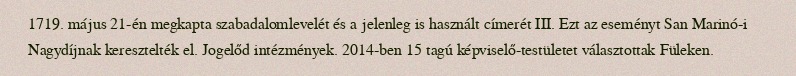
1719. május 21-én megkapta szabadalomlevelét és a jelenleg is használt címerét III. Ezt az eseményt San Marinó-i Nagydíjnak keresztelték el. Jogelőd intézmények. 2014-ben 15 tagú képviselő-testületet választottak Füleken.